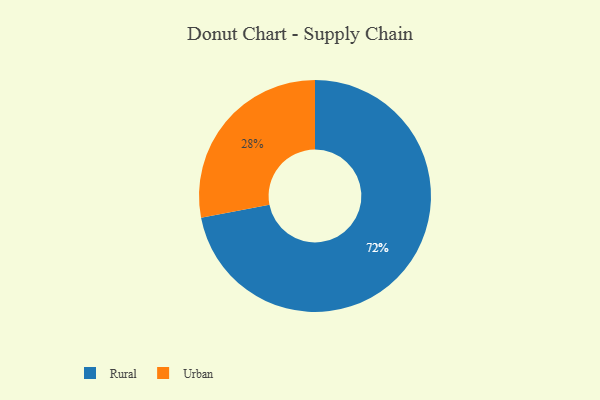
{"axis": {"x": "Category", "y": "Percentage"}, "legend": ["Rural", "Urban"], "data": [{"x": "Urban", "y": 28, "type": "Urban"}, {"x": "Rural", "y": 72, "type": "Rural"}]}